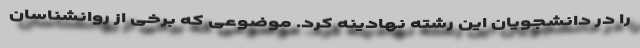
را در دانشجویان این رشته نهادینه کرد. موضوعی که برخی از روانشناسان